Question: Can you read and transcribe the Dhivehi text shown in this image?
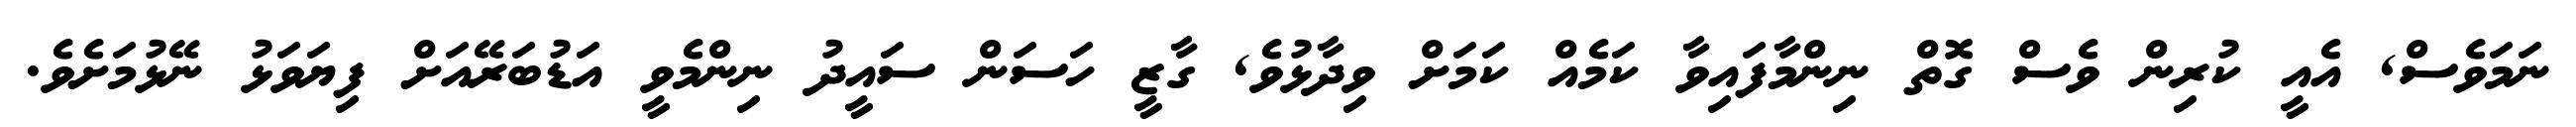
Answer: ނަމަވެސް, އެއީ ކުރިން ވެސް ގޮތް ނިންމާފައިވާ ކަމެއް ކަމަށް ވިދާޅުވެ, ގާޒީ ހަސަން ސައީދު ނިންމެވީ އަޑުބަރޭއަށް ފިޔަވަޅު ނޭޅުމަށެވެ.